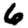
Digit: 6